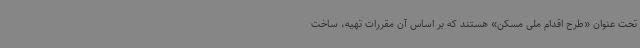
تحت عنوان «طرح اقدام ملی مسکن» هستند که بر اساس آن مقررات تهیه، ساخت